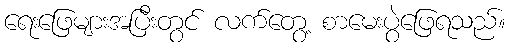
ရေးဖြေများအပြီးတွင် လက်တွေ့ စာမေးပွဲဖြေရသည်။